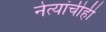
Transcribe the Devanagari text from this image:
नेत्यांचीही